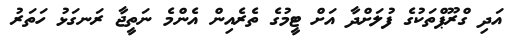
އަދި ގްރޫޕްތަކުގެ ފުލަށްދާ އަށް ޓީމުގެ ތެރެއިން އެންމެ ނަތީޖާ ރަނގަޅު ހަތަރު